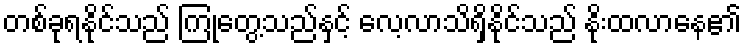
တစ်ခုရနိုင်သည် ကြုံတွေ့သည်နှင့် လေ့လာသိရှိနိုင်သည် နိုးထလာနေ၏